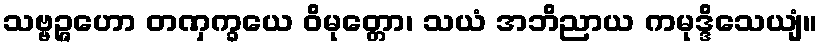
သဗ္ဗဉ္ဇဟော တဏှက္ခယေ ဝိမုတ္တော၊ သယံ အဘိညာယ ကမုဒ္ဒိသေယျံ။